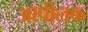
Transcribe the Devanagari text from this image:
आपीलक